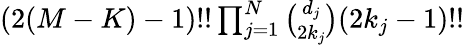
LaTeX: \begin{array}{r}{(2(M-K)-1)!!\prod_{j=1}^{N}\binom{d_{j}}{2k_{j}}(2k_{j}-1)!!}\end{array}